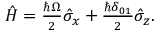
\begin{array} { r } { \hat { H } = \frac { \hbar \Omega } { 2 } \hat { \sigma } _ { x } + \frac { \hbar \delta _ { 0 1 } } { 2 } \hat { \sigma } _ { z } . } \end{array}